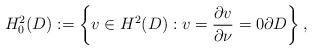
\begin{align*}H_0^2(D) :=\left\{ v \in H^2(D): v = \frac{\partial v}{\partial \nu}=0 \partial D \right\}, \end{align*}